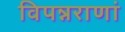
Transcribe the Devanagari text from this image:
विपन्नराणां